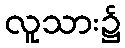
လူသား၌